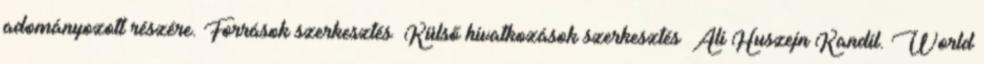
adományozott részére. Források szerkesztés Külső hivatkozások szerkesztés Ali Huszejn Kandíl. World